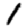
Digit: 1